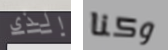
الذي وكنا